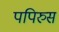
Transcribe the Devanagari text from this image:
पपिरुस